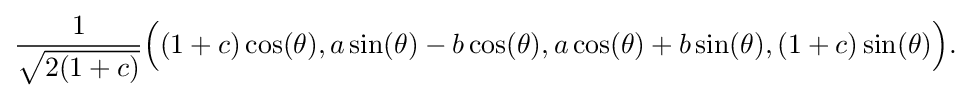
{\frac {1}{\sqrt {2(1+c)}}}{\Big (}(1+c)\cos(\theta ),a\sin(\theta )-b\cos(\theta ),a\cos(\theta )+b\sin(\theta ),(1+c)\sin(\theta ){\Big )}.\,\!